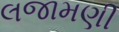
લજામણી